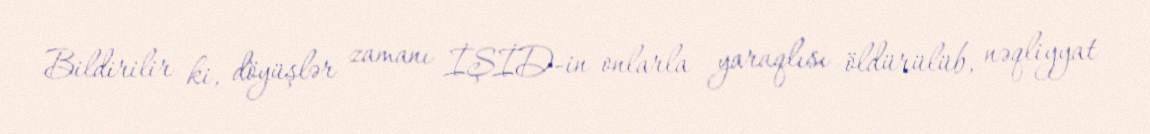
Bildirilir ki, döyüşlər zamanı İŞİD-in onlarla yaraqlısı öldürülüb, nəqliyyat